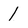
Character: 1